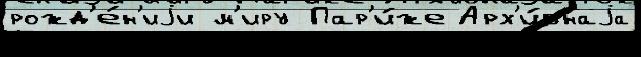
рожд'е́н'иjи м'иру Пар'и́же Арх'и́внаjа